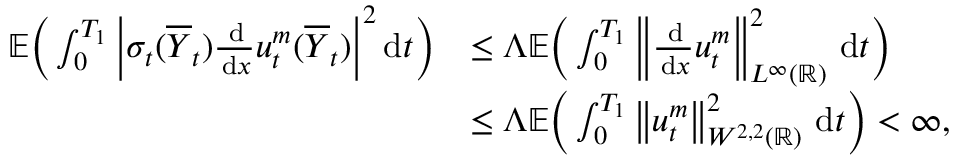
\begin{array} { r l } { \mathbb { E } \bigg ( \int _ { 0 } ^ { T _ { 1 } } \bigg | \sigma _ { t } ( \overline { { Y } } _ { t } ) \frac { \, \mathrm { d } } { \, \mathrm { d } x } u _ { t } ^ { m } ( \overline { { Y } } _ { t } ) \bigg | ^ { 2 } \, \mathrm { d } t \bigg ) } & { \le \Lambda \mathbb { E } \bigg ( \int _ { 0 } ^ { T _ { 1 } } \left\lVert \frac { \, \mathrm { d } } { \, \mathrm { d } x } u _ { t } ^ { m } \right\rVert _ { L ^ { \infty } ( \mathbb { R } ) } ^ { 2 } \, \mathrm { d } t \bigg ) } \\ & { \le \Lambda \mathbb { E } \bigg ( \int _ { 0 } ^ { T _ { 1 } } \left\lVert u _ { t } ^ { m } \right\rVert _ { W ^ { 2 , 2 } ( \mathbb { R } ) } ^ { 2 } \, \mathrm { d } t \bigg ) < \infty , } \end{array}